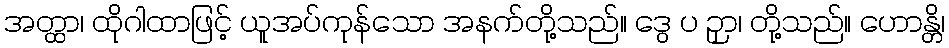
အတ္ထာ၊ ထိုဂါထာဖြင့် ယူအပ်ကုန်သော အနက်တို့သည်။ ဒွေ ပ ဉှာ၊ တို့သည်။ ဟောန္တိ၊